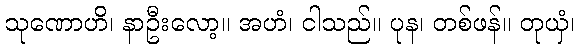
သုဏောဟိ၊ နာဦးလော့။ အဟံ၊ ငါသည်။ ပုန၊ တစ်ဖန်။ တုယှံ၊